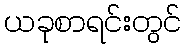
ယခုစာရင်းတွင်